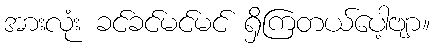
အားလုံး ခင်ခင်မင်မင် ရှိကြတယ်ပေါ့ဗျာ။